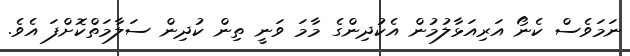
ނަމަވެސް ކެނޯ އަރިއަޅާލުމުން އެކުދިންގެ މާމަ ވަނީ ތިން ކުދިން ސަލާމަތްކޮށްފަ އެވެ.